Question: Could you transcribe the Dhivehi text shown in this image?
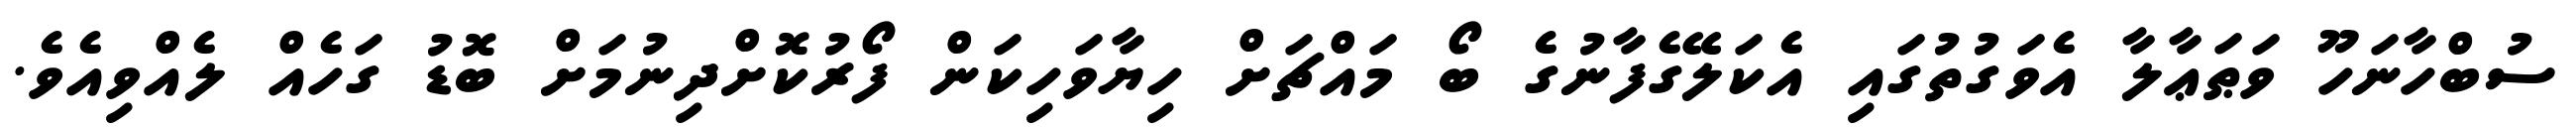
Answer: ސުބްހާނަހޫ ވަޠަޢާލާ އެވަގުތުގައި އެކަލޭގެފާނުގެ ބޯ މައްޗަށް ހިޔާވަހިކަން ފޯރުކޮށްދިނުމަށް ބޮޑު ގަހެއް ލެއްވިއެވެ.